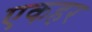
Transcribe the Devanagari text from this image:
एकहर